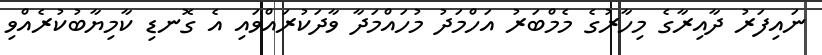
ނައިފަރު ދާއިރާގެ މިހާރުގެ މެމްބަރު އަހްމަދު މުހައްމަދާ ވާދަކުރައްވައި އެ ގޮނޑި ކާމިޔާބުކުރެއްވި